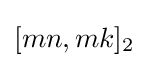
[mn,mk]_{2}